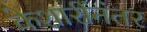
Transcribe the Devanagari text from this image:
केशारींनंतर